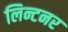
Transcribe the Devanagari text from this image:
लिन्टनर